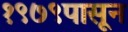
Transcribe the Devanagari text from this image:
१९७९पासून